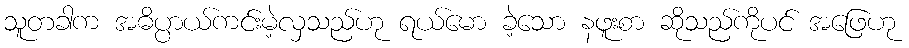
သူတခါက အဓိပ္ပာယ်ကင်းမဲ့လှသည်ဟု ရယ်မော ခဲ့သော နဖူးစာ ဆိုသည်ကိုပင် အဖြေဟု